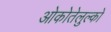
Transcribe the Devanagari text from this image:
ओकोतेलुल्को